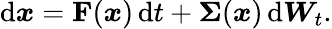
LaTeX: \mathrm{d}\boldsymbol{x}=\mathbf{F}(\boldsymbol{x})\, \mathrm{d}t+\boldsymbol{\Sigma}(\boldsymbol{x})\, \mathrm{d}{\boldsymbol{W}_{t}}.